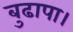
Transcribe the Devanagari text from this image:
बुढापा।